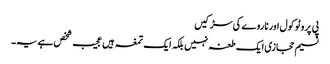
پی پروٹو کول اور ناروے کی سڑکیں
نسیم حجازی ایک طعنہ نہیں بلکہ ایک تمغہ ہیں	عجیب شخص ہے یہ۔